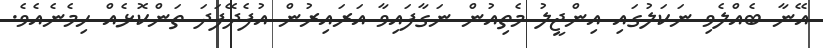
އޭނާ ބެއްލެވި ނަކަލުގައި އިންޖީލު މެތިއުން ނަގާފައިވާ އަރައިރުން އުފެދޭފަދަ ތަންކޮޅެއް ހިމެނެއެވެ.